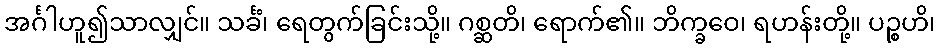
အင်္ဂါဟူ၍သာလျှင်။ သင်္ခံ၊ ရေတွက်ခြင်းသို့။ ဂစ္ဆတိ၊ ရောက်၏။ ဘိက္ခဝေ၊ ရဟန်းတို့။ ပဉ္စဟိ၊